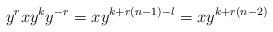
LaTeX: \begin{align*} y^rxy^ky^{-r}=xy^{k+r(n-1)-l}=xy^{k+r(n-2)} \end{align*}